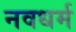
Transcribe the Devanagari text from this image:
नवधर्म